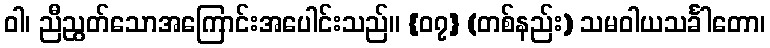
ဝါ၊ ညီညွတ်သောအကြောင်းအပေါင်းသည်။ {၀၇} (တစ်နည်း) သမဝါယသင်္ခါတော၊